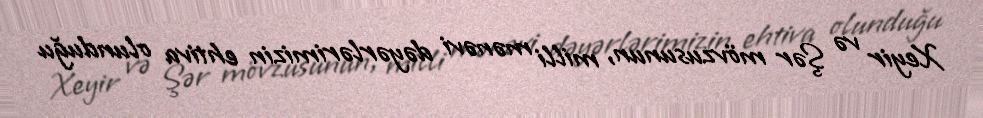
Xeyir və Şər mövzusunun, milli mənəvi dəyərlərimizin ehtiva olunduğu